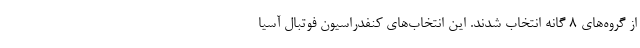
از گروه‌های ۸ گانه انتخاب شدند. این انتخاب‌های کنفدراسیون فوتبال آسیا